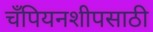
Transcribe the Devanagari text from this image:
चँपियनशीपसाठी